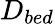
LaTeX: D_{bed}